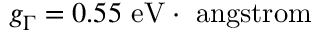
g _ { \Gamma } = 0 . 5 5 ~ \mathrm { e V \cdot \ a n g s t r o m }